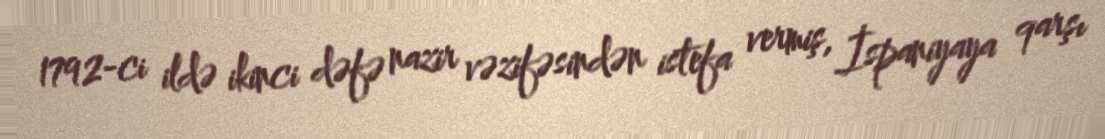
1792-ci ildə ikinci dəfə nazir vəzifəsindən istefa vermiş, İspaniyaya qarşı